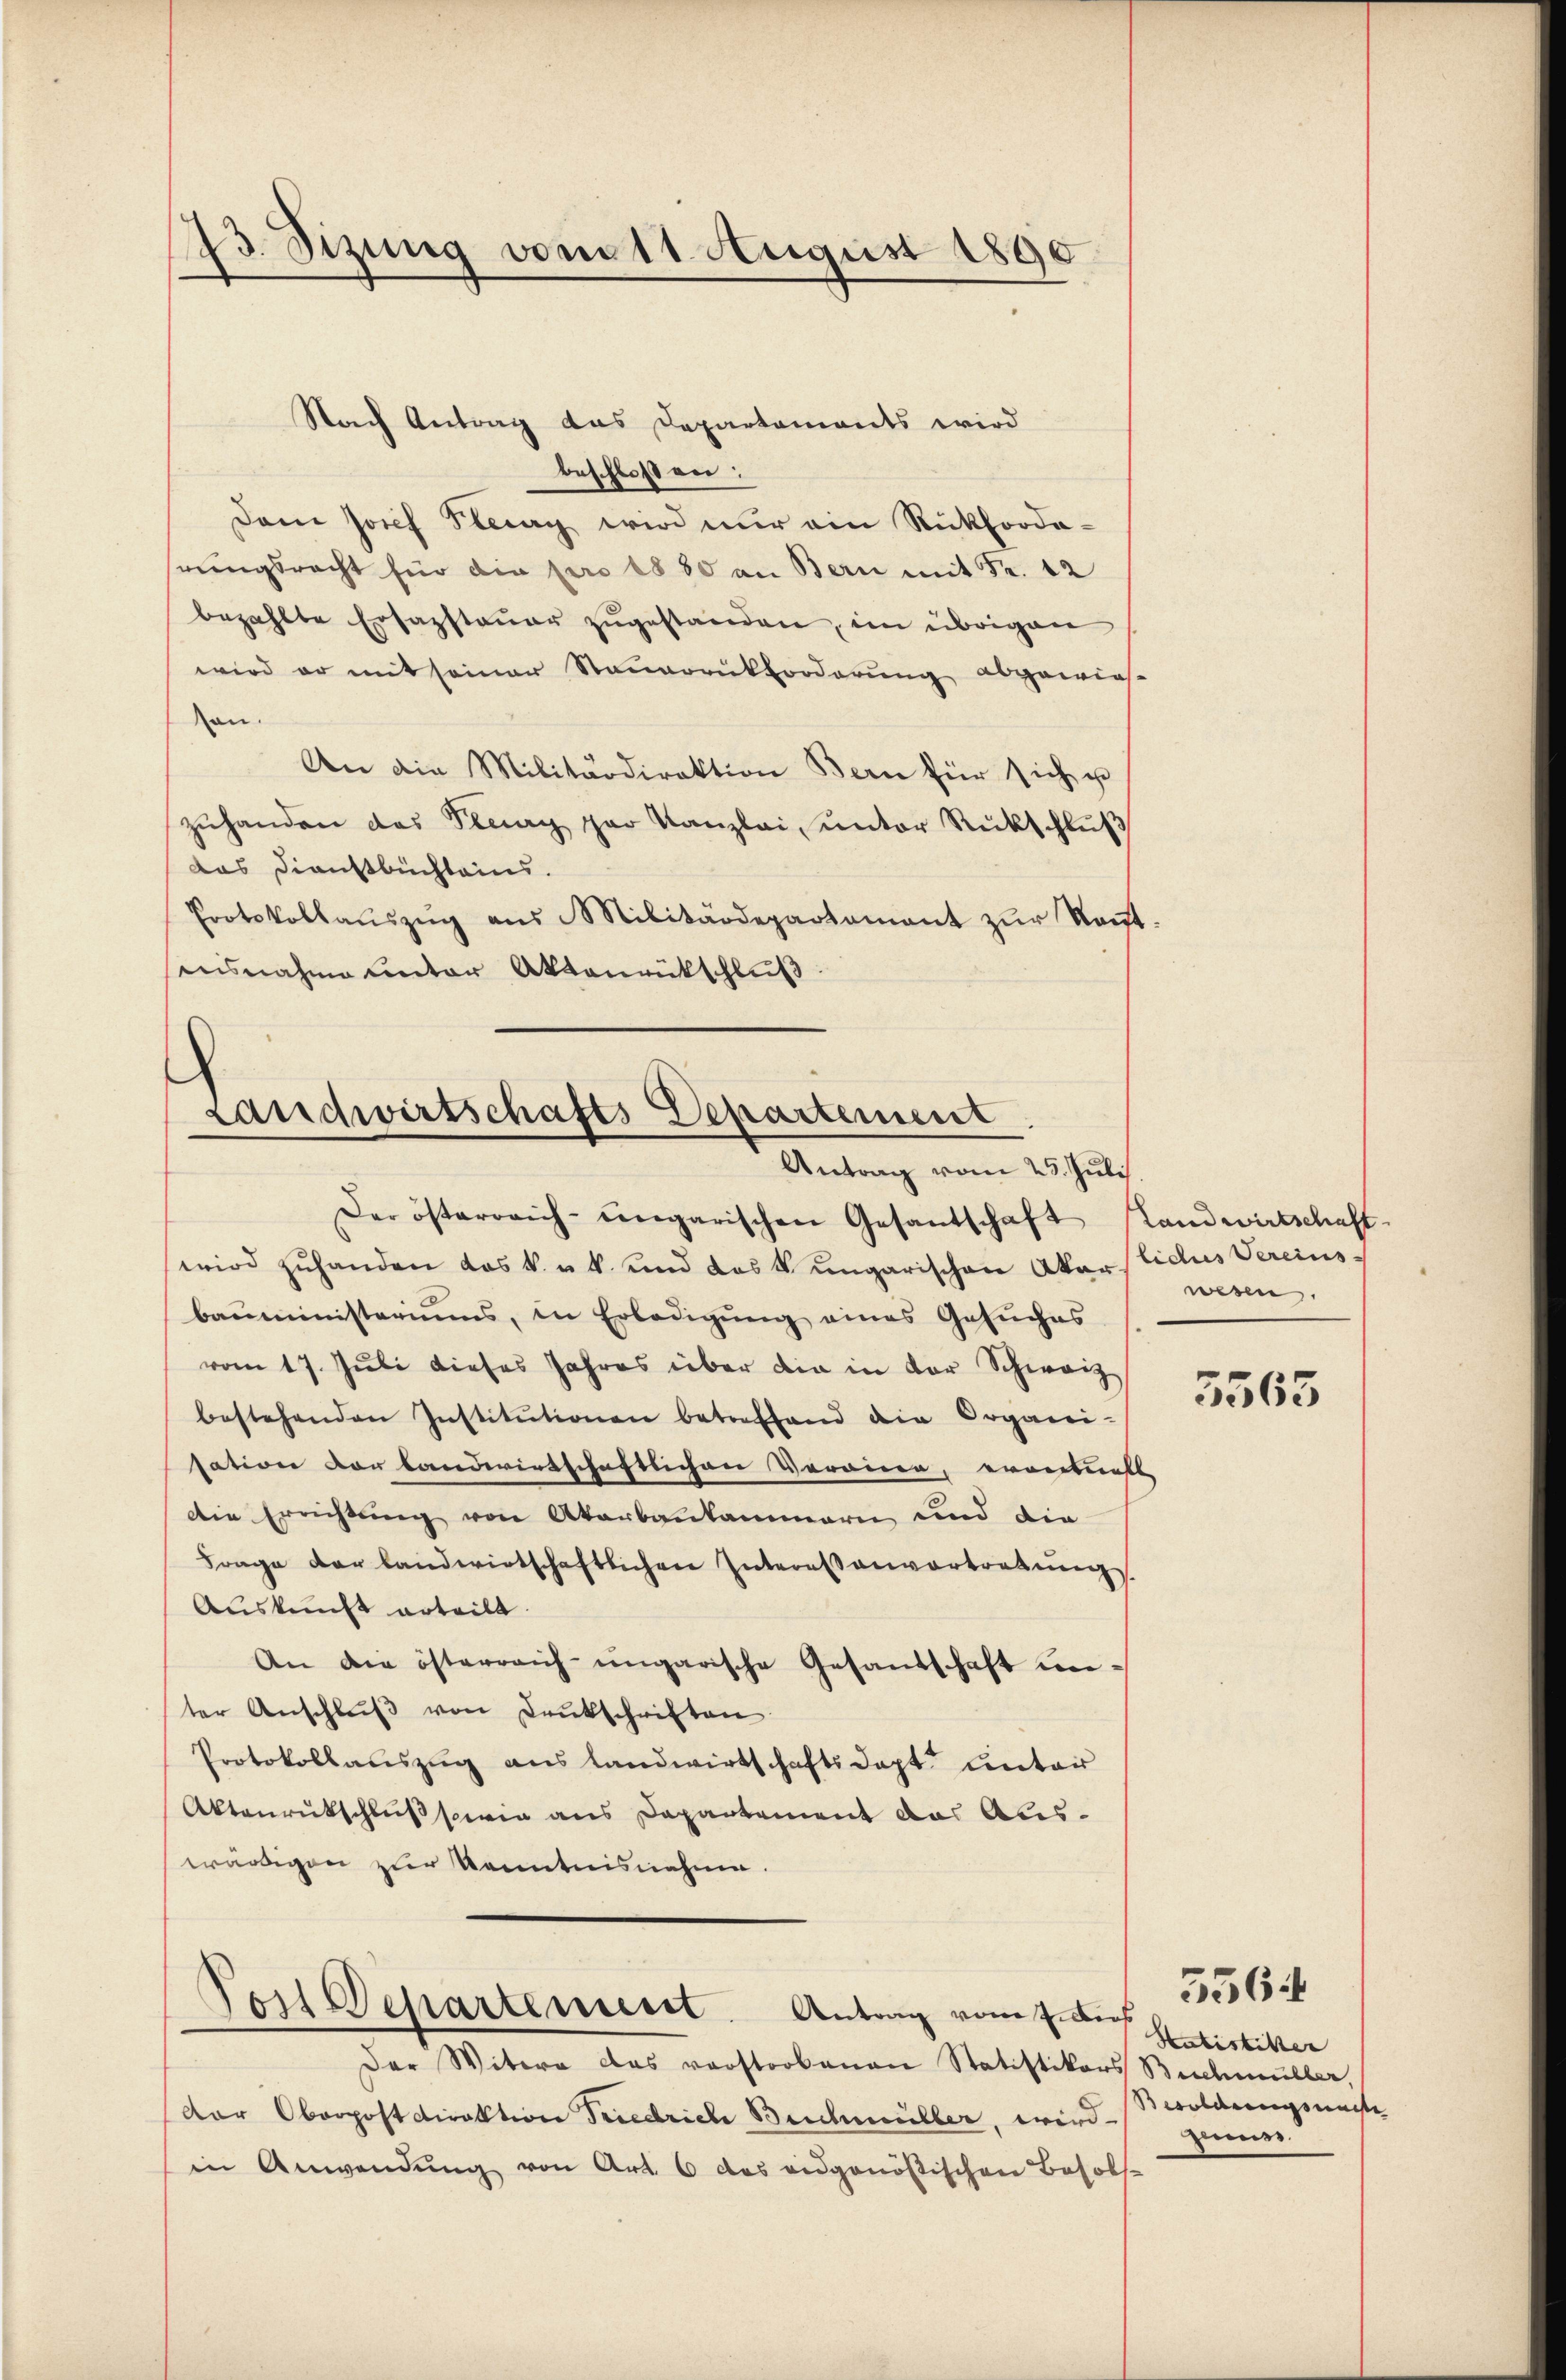
23. Sizung vom 11. August 1890

Nach Antrag das Departaments wird
beschloßen:
Dem Josef Plag wird nur ein Rückfordeseungsrecht für die pro 1880 an Bern mit Fr. 12
bezahlte Ersazstaŭer zŭgestanden, im übrigen
wird er mit seiner Steuerrückforderung abgewies
an.
An die Militärdirektion Bern für sich u
zuhanden das Senay par Kanzlei, unter Rückschluß
das Dienstbuchleins.
Protokollaŭszŭg ans Militärdepartamant zŭr Raŭt-
ensnahme unter Aktenrückschluß

Landwirtschafts Departement
Antrag vom 25. Juli

Der österreich-ungarischen Gesantschaft standwirtschaft-
wird zuhanden das k. u. k. und das k. ungarischen Akersticus Vereinsbaŭministeriums, in Erledigŭng eines Gesŭches
vom 17. Juli dieses Jahres über die in der Schwarz
bestehenden Institutionen betreffend die Organi-
sation vor landwirtschaftlichen Verrier, erweckelt
Die Errichtung von Akarbankammern und die
Frage der landwirtschaftlichen Interessanvortretung
Auskunft erteilt.
An die österreich ungarische Gesandschaft unter Anschlŭβ von Denkschriften
Protokollauszug aus Landwirtschafts dept unter
Aktenrückschluß sowie aus Departement das Auswürdigen zur Kenntnisnahme.

Post Departement. Antrag vom 7. Aus

Der Witwe das vorstorbenen Statistikars Buchmüller,
der Oberpostdirektion Friedrich Beichmüller, wird genuss
in Anwendung von Art. 6 das eidgenößischen Besols

wesen.

5565

Hatistiker
woldung machte

3564